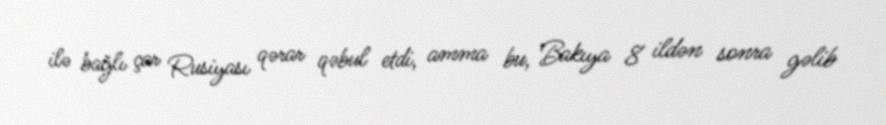
ilə bağlı çar Rusiyası qərar qəbul etdi, amma bu, Bakıya 8 ildən sonra gəlib